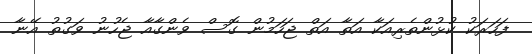
ފަހަރަކު ކުޅުންތެރިއަކާ އަތާ އަތް ޖަހަމުން ގޮސް ވެންގާއާ ޖެހުނު ވަގުތު އޭނާ